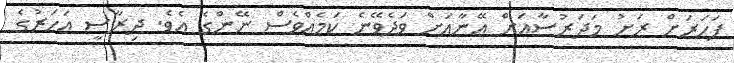
ފަހަރަށް ރަށު މަދަރުސާއަށް އޭނާއަށް ވަދެވޭނެ ކަމެއްވެސް ނޭންގެ އެވެ. ދިރާސީ އަހަރުގެ